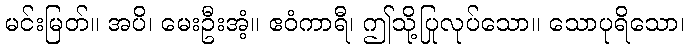
မင်းမြတ်။ အပိ၊ မေးဦးအံ့။ ဧဝံကာရီ၊ ဤသို့ပြုလုပ်သော။ သောပုရိသော၊